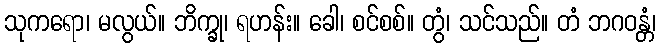
သုကရော၊ မလွယ်။ ဘိက္ခု၊ ရဟန်း။ ခေါ၊ စင်စစ်။ တွံ၊ သင်သည်။ တံ ဘဂဝန္တံ၊